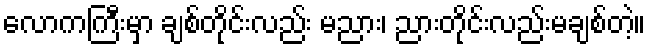
လောကကြီးမှာ ချစ်တိုင်းလည်း မညား၊ ညားတိုင်းလည်းမချစ်တဲ့။